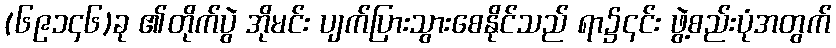
(၆၉၁၄၆)ခု ၏တိုက်ပွဲ အိုမင်း ပျက်ပြားသွားစေနိုင်သည် ရာ၌၎င်း ဖွဲ့စည်းပုံအတွက်